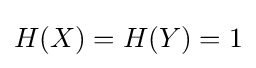
H(X)=H(Y)=1